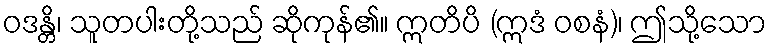
ဝဒန္တိ၊ သူတပါးတို့သည် ဆိုကုန်၏။ ဣတိပိ (ဣဒံ ဝစနံ)၊ ဤသို့သော